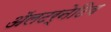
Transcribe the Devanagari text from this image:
ॲलटर्नेटिव